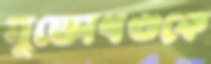
মুক্তোখণ্ডকে